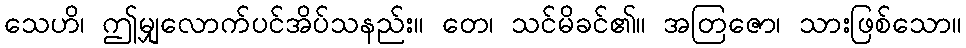
သေဟိ၊ ဤမျှလောက်ပင်အိပ်သနည်း။ တေ၊ သင်မိခင်၏။ အတြဇော၊ သားဖြစ်သော။